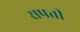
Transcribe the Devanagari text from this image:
रापती